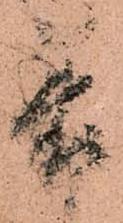
着